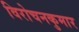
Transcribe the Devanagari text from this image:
विरोचनकुमार